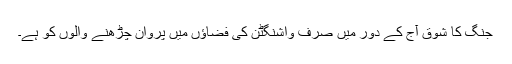
جنگ کا شوق آج کے دور میں صرف واشنگٹن کی فضاﺅں میں پروان چڑھنے والوں کو ہے۔